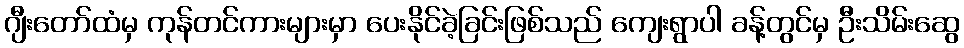
ဂျီးတော်ထံမှ ကုန်တင်ကားများမှာ ပေးနိုင်ခဲ့ခြင်းဖြစ်သည် ကျေးရွာပါ ခန့်တွင်မှ ဦးသိမ်းဆွေ